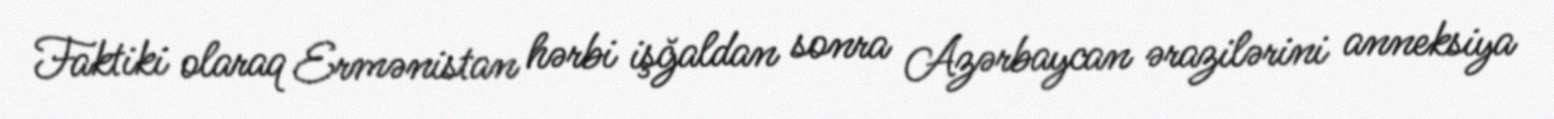
Faktiki olaraq Ermənistan hərbi işğaldan sonra Azərbaycan ərazilərini anneksiya